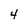
Character: 4